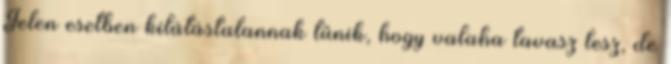
Jelen esetben kilátástalannak tűnik, hogy valaha tavasz lesz, de